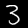
Digit: 3